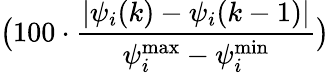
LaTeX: \big(100\cdot\frac{\vert\psi_{i}(k)-\psi_{i}(k-1)\vert}{\psi_{i}^{\operatorname*{max}}-\psi_{i}^{\operatorname*{min}}}\big)